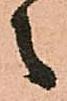
之